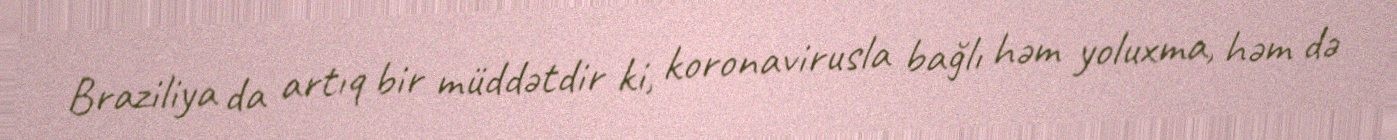
Braziliya da artıq bir müddətdir ki, koronavirusla bağlı həm yoluxma, həm də